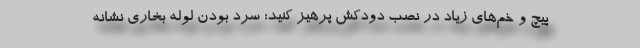
پیچ و خم‌های زیاد در نصب دودکش پرهیز کنید؛ سرد بودن لوله بخاری نشانه